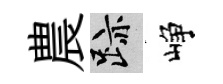
農迹峥